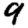
Digit: 9